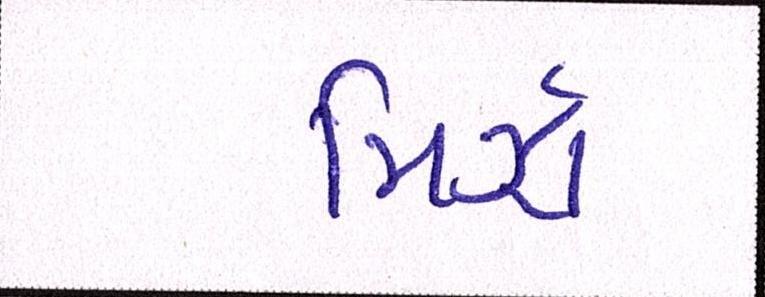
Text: મિર્ઝા